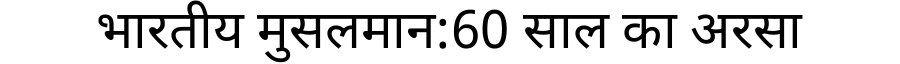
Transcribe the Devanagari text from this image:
भारतीय मुसलमान:60 साल का अरसा